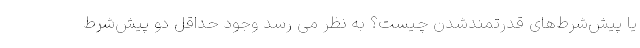
یا پیش‌شرط‌های قدرتمند‌شدن چیست؟ به نظر می رسد وجود حداقل دو پیش‌شرط